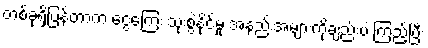
တစ်ခုရှိပြန်တာက ငွေကြေး သုံးစွဲနိုင်မှု အနည်းအများကိုချည်းပဲ ကြည့်ပြီး